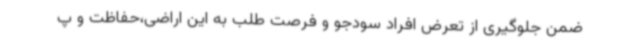
ضمن جلوگیری از تعرض افراد سودجو و فرصت طلب به این اراضی،حفاظت و پ